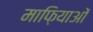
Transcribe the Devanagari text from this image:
माफ़ियाओं